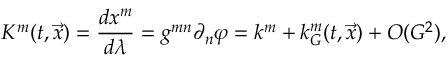
K ^ { m } ( t , { \vec { x } } ) = \frac { d x ^ { m } } { d \lambda } = g ^ { m n } \partial _ { n } \varphi = k ^ { m } + k _ { G } ^ { m } ( t , { \vec { x } } ) + { \cal O } ( G ^ { 2 } ) ,